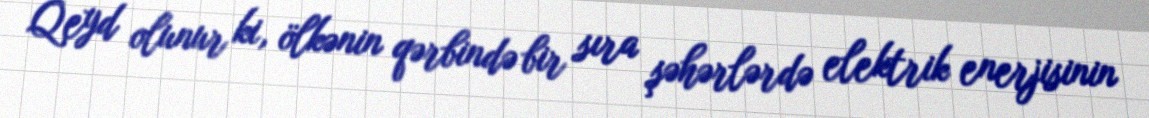
Qeyd olunur ki, ölkənin qərbində bir sıra şəhərlərdə elektrik enerjisinin